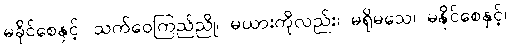
မခိုင်စေနှင့်၊ သက်ဝေကြည်ညို၊ မယားကိုလည်း၊ မရိုမသေ၊ မနိုင်စေနှင့်၊